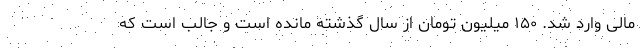
مالی وارد شد. ۱۵۰ میلیون تومان از سال گذشته مانده است و جالب است که